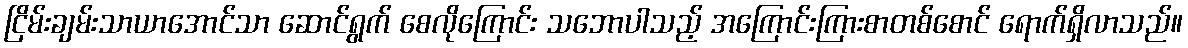
ငြိမ်းချမ်းသာယာအောင်သာ ဆောင်ရွက် စေလိုကြောင်း သဘောပါသည့် အကြောင်းကြားစာတစ်စောင် ရောက်ရှိလာသည်။